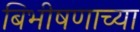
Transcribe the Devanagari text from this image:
बिभीषणाच्या